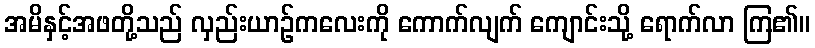
အမိနှင့်အဖတို့သည် လှည်းယာဉ်ကလေးကို ကောက်လျက် ကျောင်းသို့ ရောက်လာ ကြ၏။